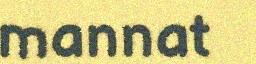
mannat